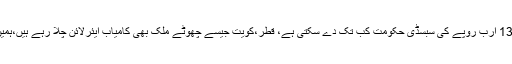
چیف جسٹس کا کہنا تھا کہ 13 ارب روپے کی سبسڈی حکومت کب تک دے سکتی ہے، قطر،کویت جیسے چھوٹے ملک بھی کامیاب ایئرلائن چلا رہے ہیں،ہمیں وجوہات کاتعین کرنا ہوگا۔